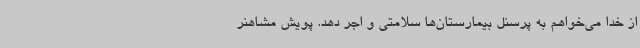
از خدا می‌خواهم به پرسنل بیمارستان‌ها سلامتی و اجر دهد.‌ پویش مشاهنر